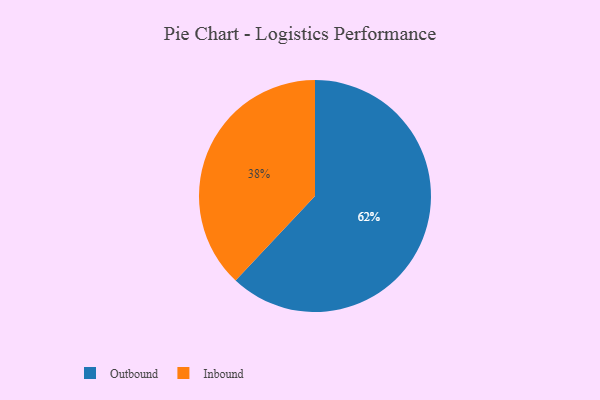
{"axis": {"x": "Category", "y": "Percentage"}, "legend": ["Inbound", "Outbound"], "data": [{"x": "Outbound", "y": 62, "type": "Outbound"}, {"x": "Inbound", "y": 38, "type": "Inbound"}]}